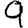
Digit: 9